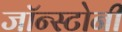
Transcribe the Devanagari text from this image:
जॉन्स्टोनी